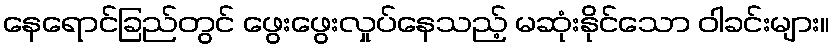
နေရောင်ခြည်တွင် ဖွေးဖွေးလှုပ်နေသည့် မဆုံးနိုင်သော ဝါခင်းများ။